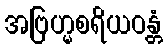
အဗြဟ္မစရိယဝန္တံ